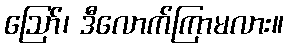
ဪ၊ ဒီလောက်ကြာမလား။